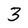
Character: 3